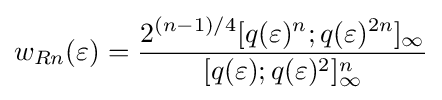
w_{Rn}(\varepsilon )={\frac {2^{(n-1)/4}[q(\varepsilon )^{n};q(\varepsilon )^{2n}]_{\infty }}{[q(\varepsilon );q(\varepsilon )^{2}]_{\infty }^{n}}}